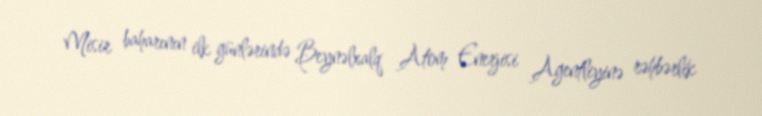
Misir baharının ilk günlərində Beynəlxalq Atom Enerjisi Agentliyinə rəhbərlik